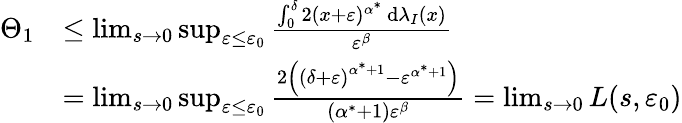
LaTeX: \begin{array}{rl}{\Theta_{1}}&{\leq\operatorname*{lim}_{s\to 0}\operatorname*{sup}_{{\varepsilon}\leq{\varepsilon}_{0}}\frac{\int_{0}^{\delta}2(x+{\varepsilon})^{\alpha^{*}}\, \mathrm{d}\lambda_{I}(x)}{{\varepsilon}^{\beta}}}\\ &{=\operatorname*{lim}_{s\to 0}\operatorname*{sup}_{{\varepsilon}\leq{\varepsilon}_{0}}\frac{2\left(\left({\delta}+{\varepsilon}\right)^{\alpha^{*}+1}-{\varepsilon}^{\alpha^{*}+1}\right)}{(\alpha^{*}+1){\varepsilon}^{\beta}}=\operatorname*{lim}_{s\to 0}L(s,{\varepsilon}_{0})}\end{array}